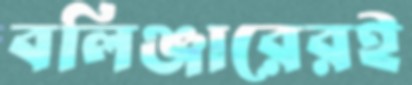
বলিঞ্জারেরই